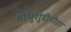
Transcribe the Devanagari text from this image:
श्रीभुशुडीगीता